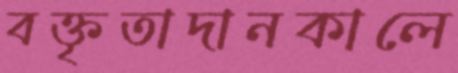
বক্তৃতাদানকালে